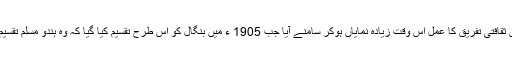
برصغیر میں ثقافتی تفریق کا عمل اس وقت زیادہ نمایاں ہوکر سامنے آیا جب 1905 ء میں بنگال کو اس طرح تقسیم کیا گیا کہ وہ ہندو مسلم تقسیم دکھائی دی۔